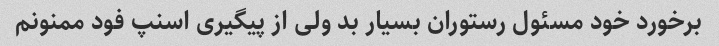
برخورد خود مسئول رستوران بسیار بد ولی از پیگیری اسنپ فود ممنونم